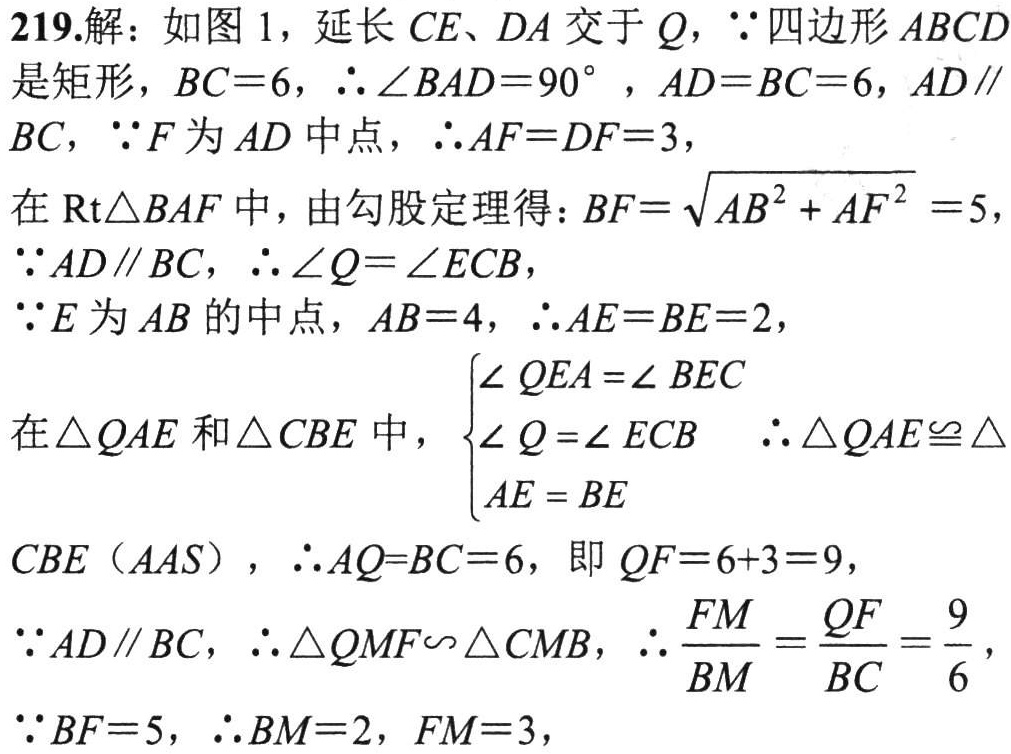
219.解：如图1，延长\(CE\)、\(DA\)交于\(Q\)，\(\because\)四边形\(ABCD\)是矩形，\(BC = 6\)，\(\therefore\angle BAD=90^{\circ}\)，\(AD = BC = 6\)，\(AD\parallel BC\)，\(\because F\)为\(AD\)中点，\(\therefore AF = DF = 3\)，

在\(\text{Rt}\triangle BAF\)中，由勾股定理得：\(BF=\sqrt{AB^{2}+AF^{2}} = 5\)，

\(\because AD\parallel BC\)，\(\therefore\angle Q=\angle ECB\)，

\(\because E\)为\(AB\)的中点，\(AB = 4\)，\(\therefore AE = BE = 2\)，

在\(\triangle QAE\)和\(\triangle CBE\)中，\(\begin{cases}\angle QEA=\angle BEC\\\angle Q=\angle ECB\\AE = BE\end{cases}\) \(\therefore\triangle QAE\cong\triangle CBE\)（\(AAS\)），\(\therefore AQ = BC = 6\)，即\(QF = 6 + 3 = 9\)，

\(\because AD\parallel BC\)，\(\therefore\triangle QMF\sim\triangle CMB\)，\(\therefore\frac{FM}{BM}=\frac{QF}{BC}=\frac{9}{6}\)，

\(\because BF = 5\)，\(\therefore BM = 2\)，\(FM = 3\)，